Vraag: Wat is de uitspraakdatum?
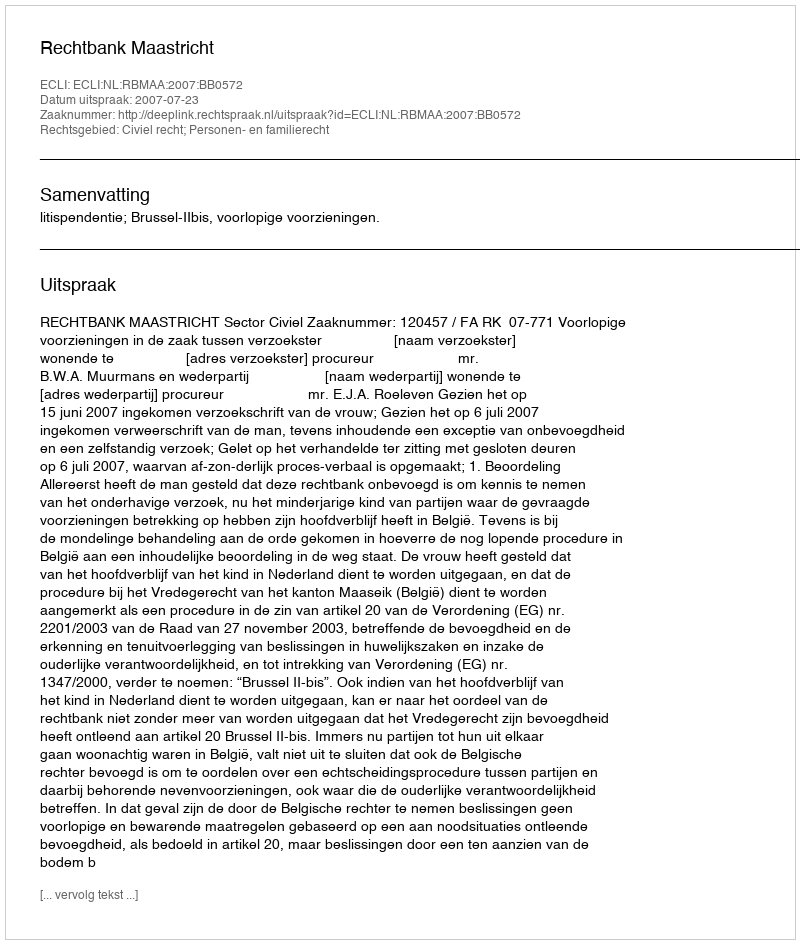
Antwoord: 2007-07-23